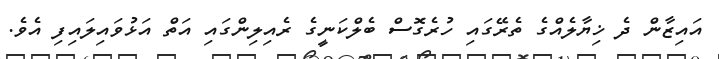
އައިޒާން ދެ ޚިޔާލެއްގެ ތެރޭގައި ހުރެގޮސް ބެލްކަނީގެ ރެއިލިންގައި އަތް އަޅުވައިލައިފި އެވެ.